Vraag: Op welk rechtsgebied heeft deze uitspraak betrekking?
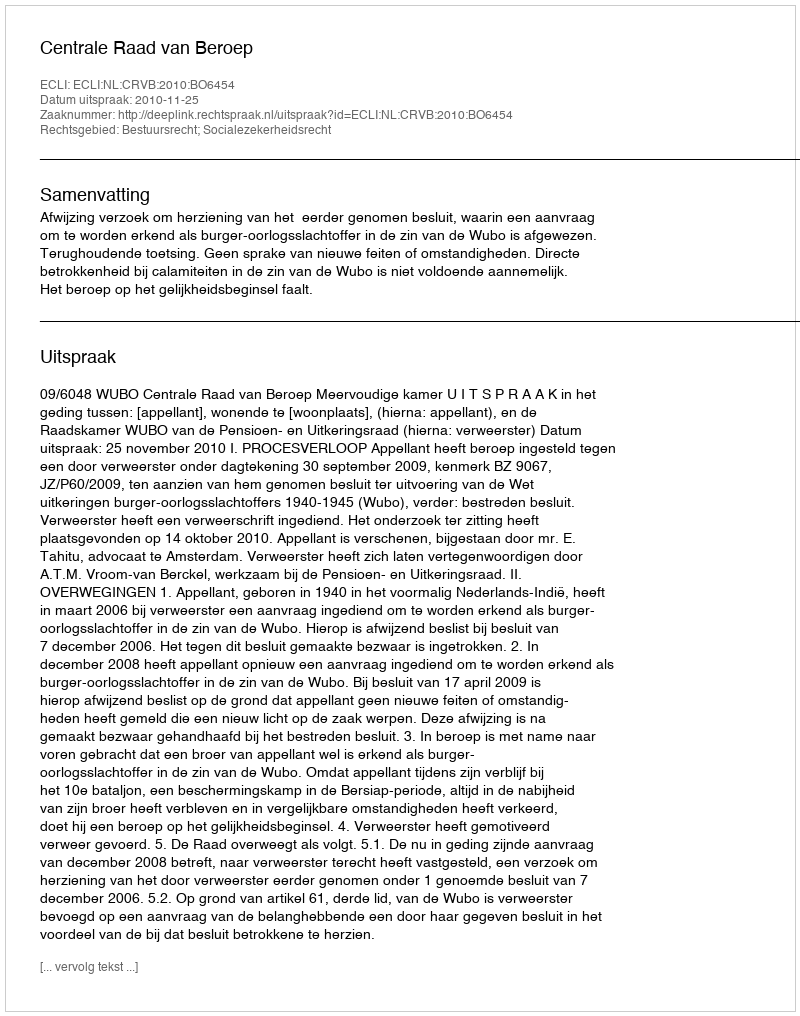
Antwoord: Bestuursrecht; Socialezekerheidsrecht